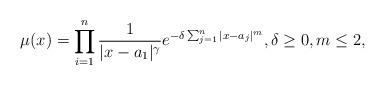
LaTeX: \begin{align*}\mu(x)=\prod_{i=1}^n\frac{1}{|x-a_1|^\gamma}e^{-\delta\sum_{j=1}^n|x-a_j|^m},\delta\ge 0,m\le 2, \end{align*}